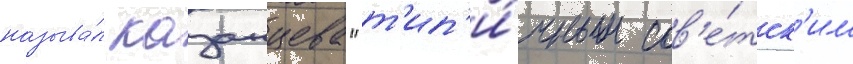
называ́л казанцева "т'ип'и́чным сов'е́тск'им